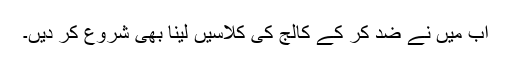
اب میں نے ضد کر کے کالج کی کلاسیں لینا بھی شروع کر دیں۔